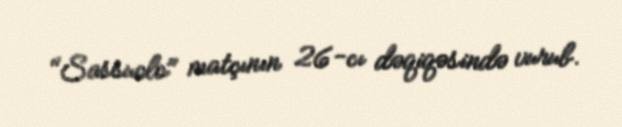
"Sassuolo" matçının 26-cı dəqiqəsində vurub.